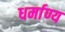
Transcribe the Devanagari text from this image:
धर्माण्य